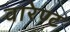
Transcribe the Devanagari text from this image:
वारेण्ट